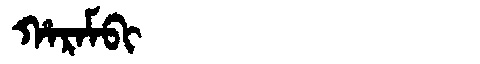
Manchu: ᡥᠠᡵᠠᠮᠪᡳ
Romanization: HARAMBI